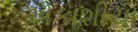
એકાશીયા